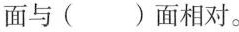
面与( )面相对。